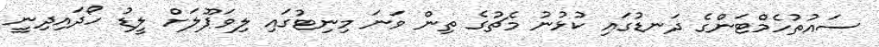
ސައުތުހެމްޓަންގެ ދަނޑުގައި ކުޅުނު މެޗުގެ ތިން ވަނަ މިނިޓުގައި ލިވަޕޫލަށް ލީޑު ހޯދައިދިނީ